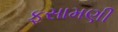
ફસામણી